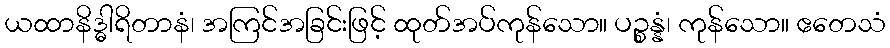
ယထာနိဒ္ဓါရိတာနံ၊ အကြင်အခြင်းဖြင့် ထုတ်အပ်ကုန်သော။ ပဉ္စန္နံ၊ ကုန်သော။ ဧတေသံ